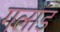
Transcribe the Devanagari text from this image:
गलांड